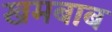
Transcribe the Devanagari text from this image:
खमबाब